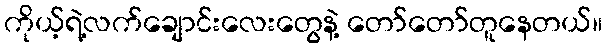
ကိုယ့်ရဲ့လက်ချောင်းလေးတွေနဲ့ တော်တော်တူနေတယ်။